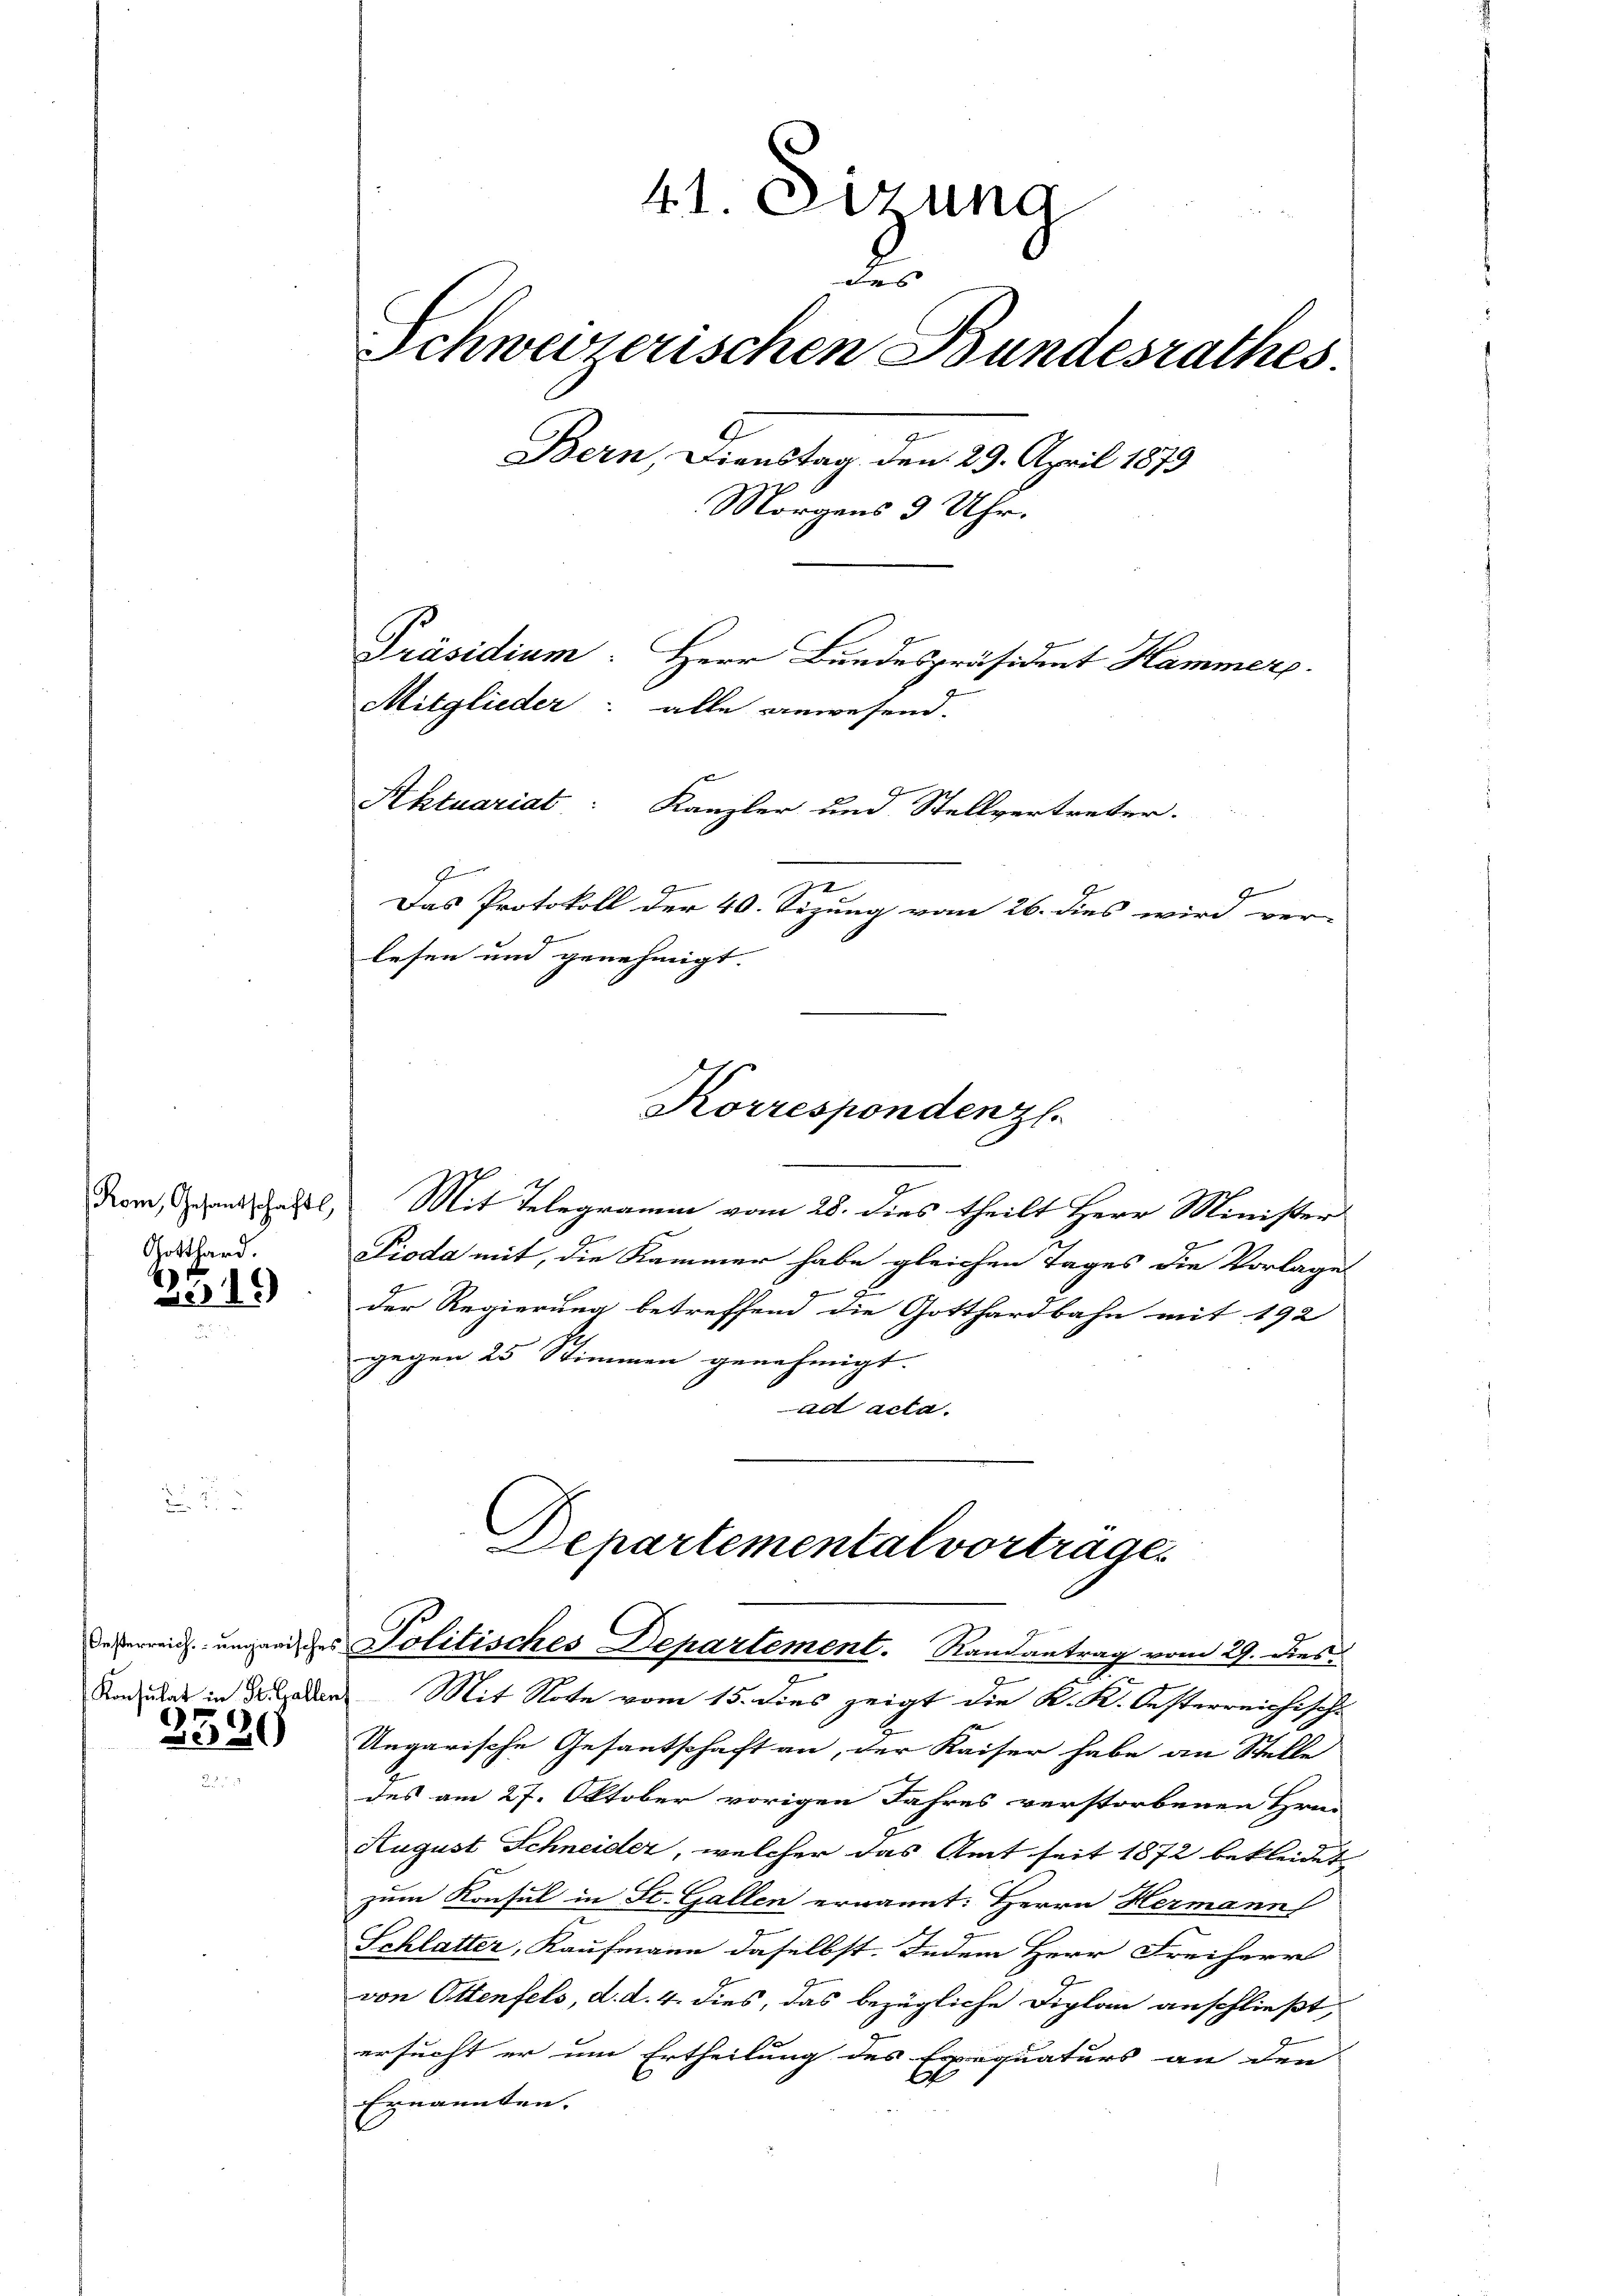
Rom, Gesantschaftl
Gotthard.

315)

3320

41. Sizung
x
Schweizerischen Bundesrathes.
Bern, Dienstag, den 29. April 1879
Morgens 3 Uhr.
Präsidium. Herr Bundespräsident Hammer.
Mitglieder: alle anwesend.
Aktuariat Kanzler und Stellvertreter.
e
Das Protokoll der 40. Sezung vom 26. dies wird ver-
lesen und genehmigt.

Mit Telegramm vom 28. dies theilt Herr Minister
Pioda mit, die Kammer habe gleichen Tages die Vorlage
f
der Regierung betreffend die Gotthardbahn mit 192
gegen 25 Stimmen genehmigt.
ad acta.

Raduas in Baden Mit Note vom 15. dies zeigt die K. K. Oesterreichisch.
Ungarische Gesantschaft an, der Kaiser habe an Stelle
des am 27. Oktober vorigen Jahres verstorbenen Hrn.
August Schneider, welcher das Amt seit 1872 bekleidet
zum Konsul in St. Gallen ernannt: Herrn Hermann
Schlatter, Kaufmann daselbst. Indem Herr Freiherr
von Ottenfels, d. d. 4. dies, das bezügliche Diplan anschließt,
ersucht er um Ertheilung des Exequaturs an den
Ernannten.

Korrespondenzl.

Departemental vorträges
desverreich ungen des Politisches Departement. Randantrag vom 29. Dies